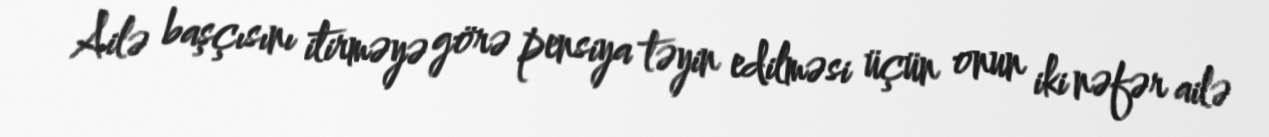
Ailə başçısını itirməyə görə pensiya təyin edilməsi üçün onun iki nəfər ailə